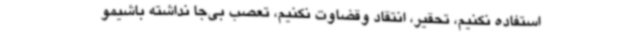
استفاده نکنیم، تحقیر، انتقاد وقضاوت نکنیم، تعصب بی‌جا نداشته باشیمو